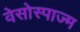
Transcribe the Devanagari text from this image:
वेसोस्पाज्म